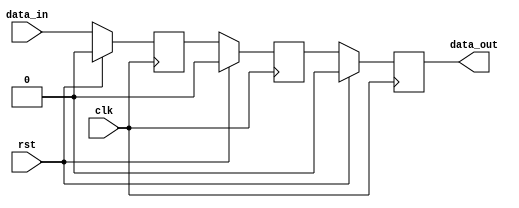
module cascade_sync(
    input wire clk,           // Clock input
    input wire rst,           // Reset input
    input wire data_in,       // Data input signal to be synchronized
    output reg data_out       // Synchronized data output
);

reg [2:0] stage [0:2];       // Three flip-flop stages

// Synchronize the input data signal using cascade structure
always @(posedge clk) begin
    if (rst) begin
        stage[0] <= 1'b0;
        stage[1] <= 1'b0;
        stage[2] <= 1'b0;
    end else begin
        stage[0] <= data_in;
        stage[1] <= stage[0];
        stage[2] <= stage[1];
    end
end

assign data_out = stage[2];  // Output the synchronized data signal

endmodule